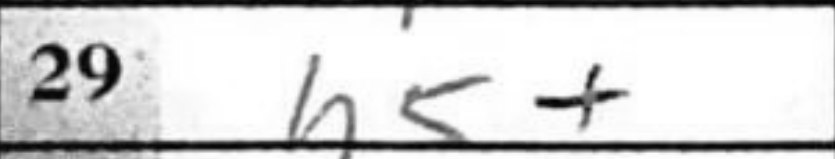
Transcription: h5+